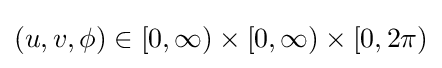
(u,v,\phi )\in [0,\infty )\times [0,\infty )\times [0,2\pi )